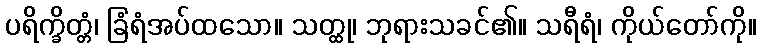
ပရိက္ခိတ္တံ၊ ခြံရံအပ်ထသော။ သတ္ထု၊ ဘုရားသခင်၏။ သရီရံ၊ ကိုယ်တော်ကို။